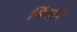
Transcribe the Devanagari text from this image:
जिंकावे